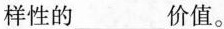
样性的___价值。